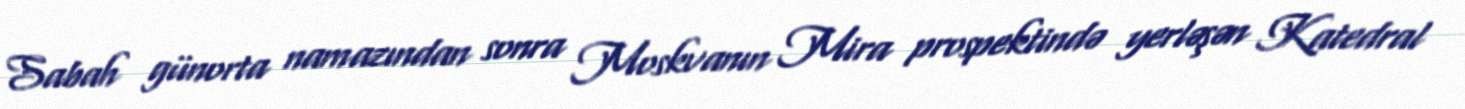
Sabah günorta namazından sonra Moskvanın Mira prospektində yerləşən Katedral